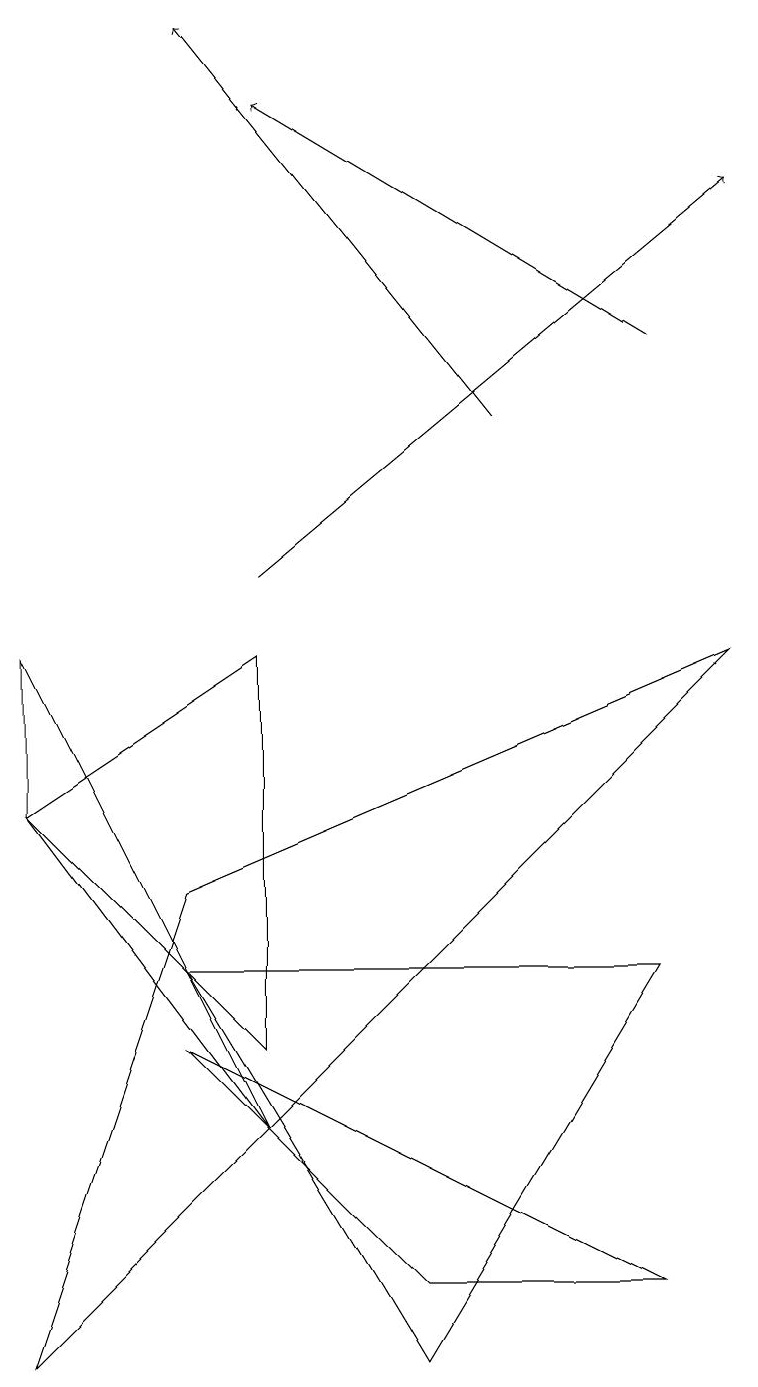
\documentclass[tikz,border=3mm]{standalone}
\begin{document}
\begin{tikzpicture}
\draw (3,4) -- (0,7) -- (3,9) -- cycle;
\draw (2,4) -- (5,1) -- (8,1) -- cycle;
\draw[->] (8,13) -- (3,16);
\draw (8,5) -- (5,0) -- (2,5) -- cycle;
\draw (0,0) -- (9,9) -- (2,6) -- cycle;
\draw (0,9) -- (0,7) -- (3,3) -- cycle;
\draw[->] (3,10) -- (9,15);
\draw[->] (6,12) -- (2,17);
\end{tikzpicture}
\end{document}